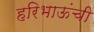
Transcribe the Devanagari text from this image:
हरिभाऊंची